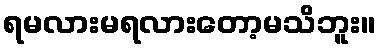
ရမလားမရလားတော့မသိဘူး။